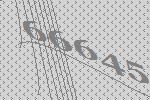
66645